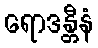
ရောဒန္တီနံ